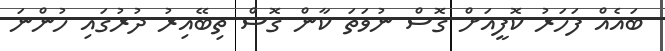
ބައެއް ފަހަރު ކޮފީއަށް ގޮސް ނުވަތަ ކާން ގޮސް ތިބޭއިރު ދުރުގައި ހުންނަ